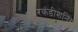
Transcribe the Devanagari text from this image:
एयरकंडीशनिंग